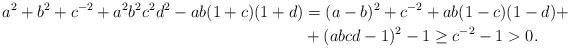
LaTeX: \begin{align*}a^2+b^2+c^{-2}+a^2b^2c^2d^2-ab(1+c)(1+d) & = (a-b)^2+c^{-2} +ab(1-c)(1-d) + \\ & +(abcd-1)^2-1\geq c^{-2}-1>0.\end{align*}